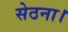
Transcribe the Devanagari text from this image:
सेठना।